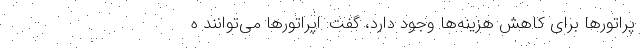
پراتورها برای کاهش هزینه‌ها وجود دارد، گفت: اپراتورها می‌توانند ه